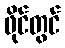
ဖိုင်တွင်